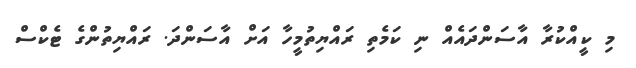
މި ކީއްކުރާ އާސަންދައެއް ނި ކަމެތި ރައްޔިތުމީހާ އަށް އާސަންދަ. ރައްޔިތުންގެ ޓެކްސް